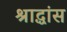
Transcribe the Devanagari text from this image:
श्राद्धांस